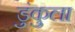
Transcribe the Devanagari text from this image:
डुंकुला